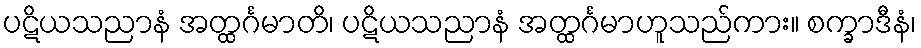
ပဋိယသညာနံ အတ္ထင်္ဂမာတိ၊ ပဋိယသညာနံ အတ္ထင်္ဂမာဟူသည်ကား။ စက္ခာဒီနံ၊